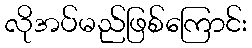
လိုအပ်မည်ဖြစ်ကြောင်း